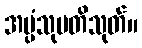
အပ္ပံသုပတိသုတ်။